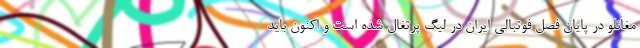
مغانلو در پایان فصل فوتبالی ایران در لیگ پرتغال شده است و اکنون باید